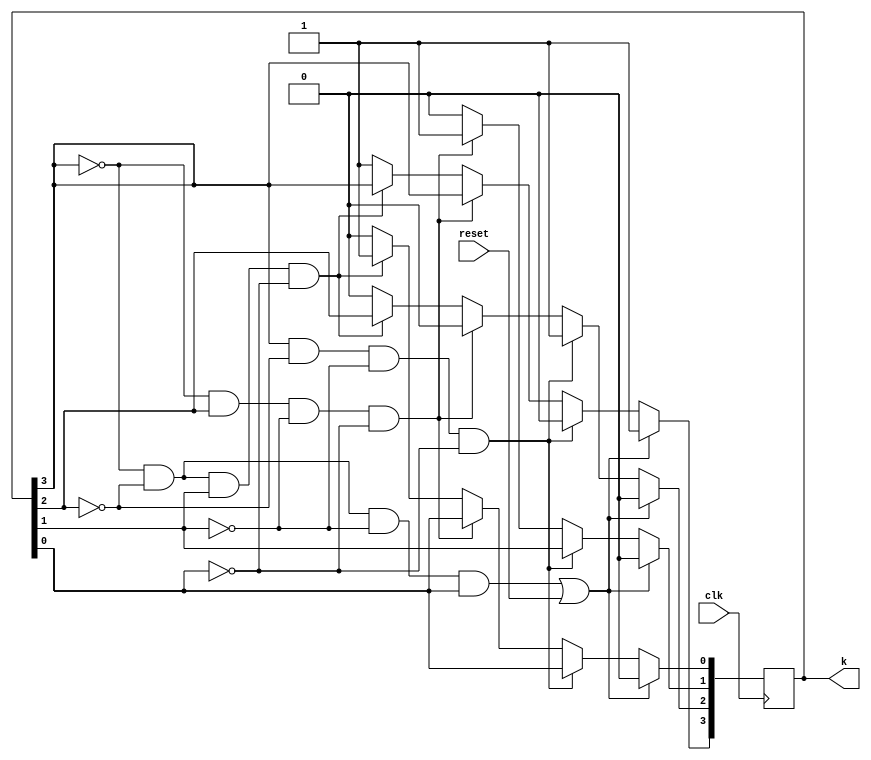
`timescale 1ns / 1ps

module RC(
    input clk, reset,
    output reg [3:0]k
    );
    
always @(posedge clk) begin
    if ((~k[3] & ~k[2] & ~k[1] & k[0]) | reset) begin
        k[3] <= 1;
        k[2] <= 0;
        k[1] <= 0;
        k[0] <= 0;
    end
    else if (k[3] & ~k[2] & ~k[1] & ~k[0]) begin
        k[3] <= 0;
        k[2] <= 1;
    end
    else if (~k[3] & k[2] & ~k[1] & ~k[0]) begin
        k[2] <= 0;
        k[1] <= 1;
    end
    else if (~k[3] & ~k[2] & k[1] & ~k[0]) begin
        k[1] <= 0;
        k[0] <= 1;
    end
    else begin
        k[3] <= 1;
        k[2] <= 0;
        k[1] <= 0;
        k[0] <= 0;
    end
end
    
endmodule